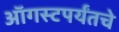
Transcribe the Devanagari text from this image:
ऑगस्टपर्यंतचे